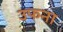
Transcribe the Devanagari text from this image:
उफना